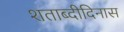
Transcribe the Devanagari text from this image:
शताब्दीदिनास